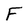
Character: F